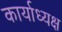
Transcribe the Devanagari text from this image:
कार्याध्‍यक्ष